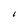
Character: I